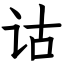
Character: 诂